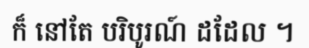
ក៏ នៅតែ បរិបូរណ៍ ដដែល ។